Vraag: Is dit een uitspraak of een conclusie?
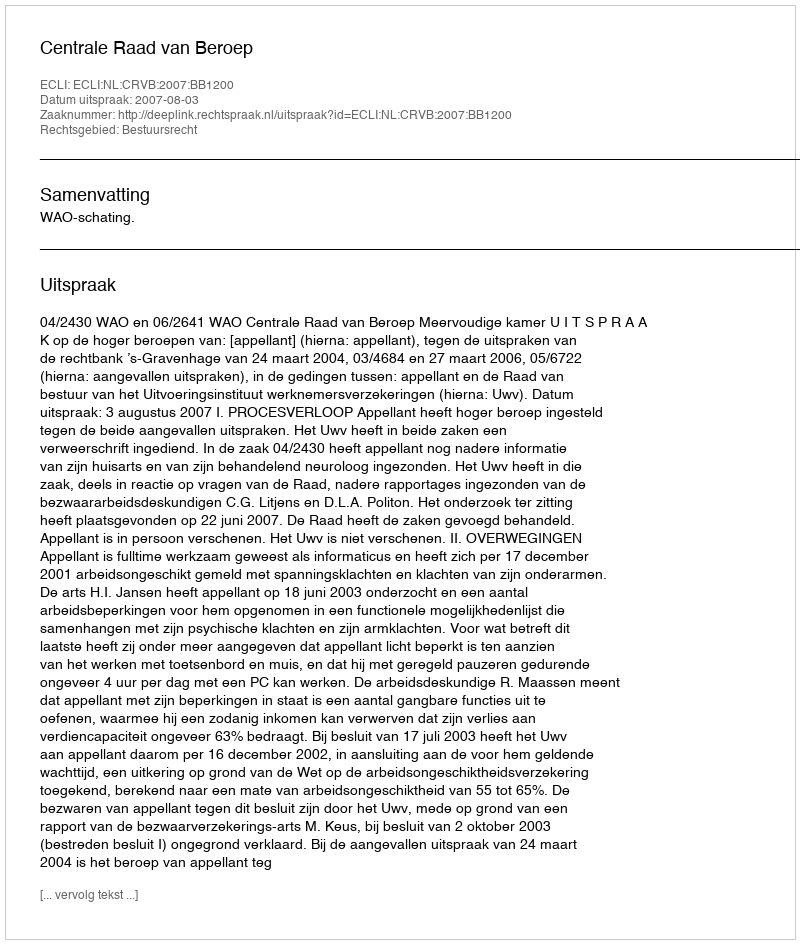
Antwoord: Uitspraak